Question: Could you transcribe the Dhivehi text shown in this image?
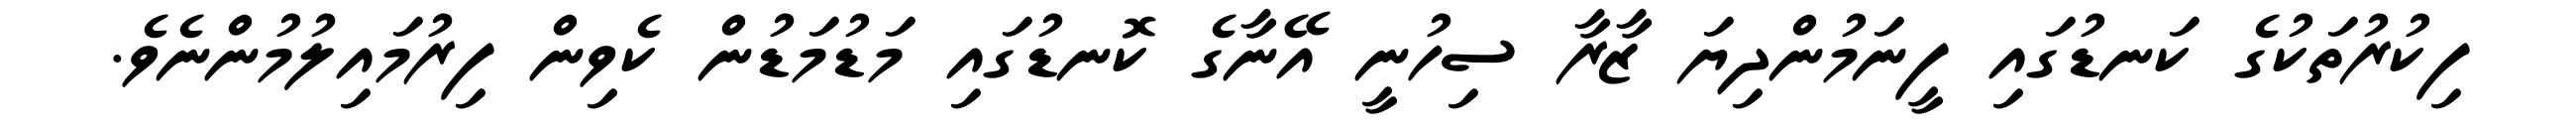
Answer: ފިކުރުތަކުގެ ކަނޑުގައި ފީނަމުންދިޔަ ޒާރާ ސިހުނީ އޭނާގެ ކޮނޑުގައި މަޑުމަޑުން ކެވިން ފިރުމައިލުމުންނެވެ.